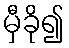
မှီခို၍